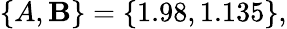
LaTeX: \{ A,\mathbf{B}\} =\{ 1.98,1.135\} ,